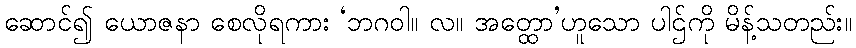
ဆောင်၍ ယောဇနာ စေလိုရကား ‘ဘဂဝါ။ လ။ အတ္ထော’ဟူသော ပါဌ်ကို မိန့်သတည်း။